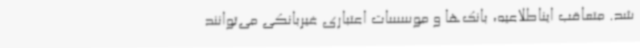
شد. متعاقب ایناطلاعیه، بانک‌ها و موسسات اعتباری غیربانکی می‌توانند